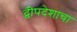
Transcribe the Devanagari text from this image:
द्वीपदेशाचा